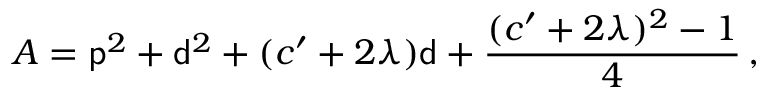
A = { \sf p } ^ { 2 } + { \sf d } ^ { 2 } + ( c ^ { \prime } + 2 \lambda ) { \sf d } + \frac { ( c ^ { \prime } + 2 \lambda ) ^ { 2 } - 1 } { 4 } \, ,